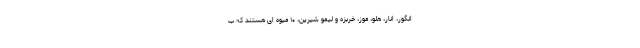
انگور، انار، هلو، موز، خربزه و لیمو شیرین، ۱۰ میوه‌ ای هستند که ب